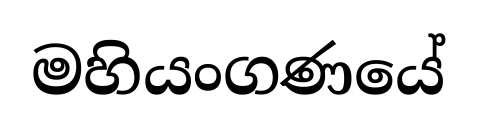
මහියංගණයේ